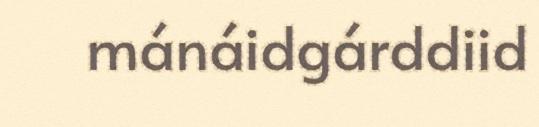
mánáidgárddiid